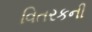
વિતરકની